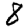
Digit: 8